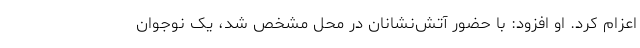
اعزام کرد. او افزود: با حضور آتش‌نشانان در محل مشخص شد، یک نوجوان